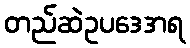
တည်ဆဲဥပဒေအရ